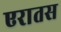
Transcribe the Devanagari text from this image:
एरातस